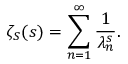
\zeta _ { S } ( s ) = \sum _ { n = 1 } ^ { \infty } { \frac { 1 } { \lambda _ { n } ^ { s } } } .